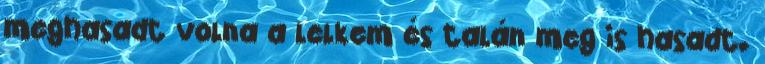
meghasadt volna a lelkem és talán meg is hasadt.